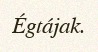
Égtájak.